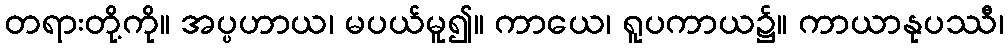
တရားတို့ကို။ အပ္ပဟာယ၊ မပယ်မူ၍။ ကာယေ၊ ရူပကာယ၌။ ကာယာနုပဿီ၊